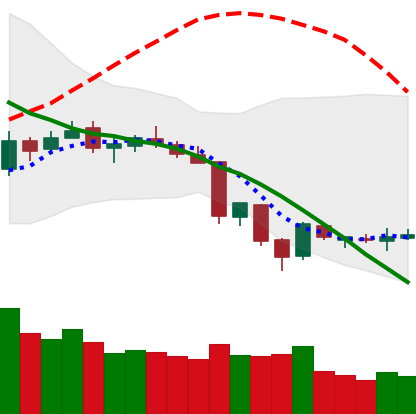
Ticker: XLM-USD
Chart end date: 2018-06-19
Forward return: -17.711%
Label: down_7plus